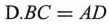
D.$$BC=AD$$